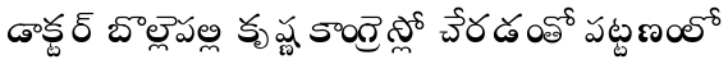
డాక్టర్ బొల్లెపల్లి కృష్ణ కాంగ్రెస్లో చేరడంతో పట్టణంలో